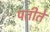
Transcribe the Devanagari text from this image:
पतीते